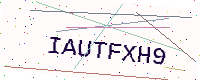
Text: IAUTFXH9